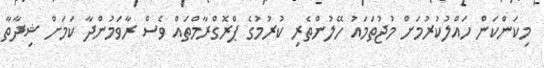
މިކަންކަން ހައްލުކުރުމަށް މުޖުތަމައު ހޭލުންތެރި ކުރުމުގެ ޕްރޮގްރާމްތައް ވެސް ރާވަމުންދާ ކަމަށް ޝިދާތާ